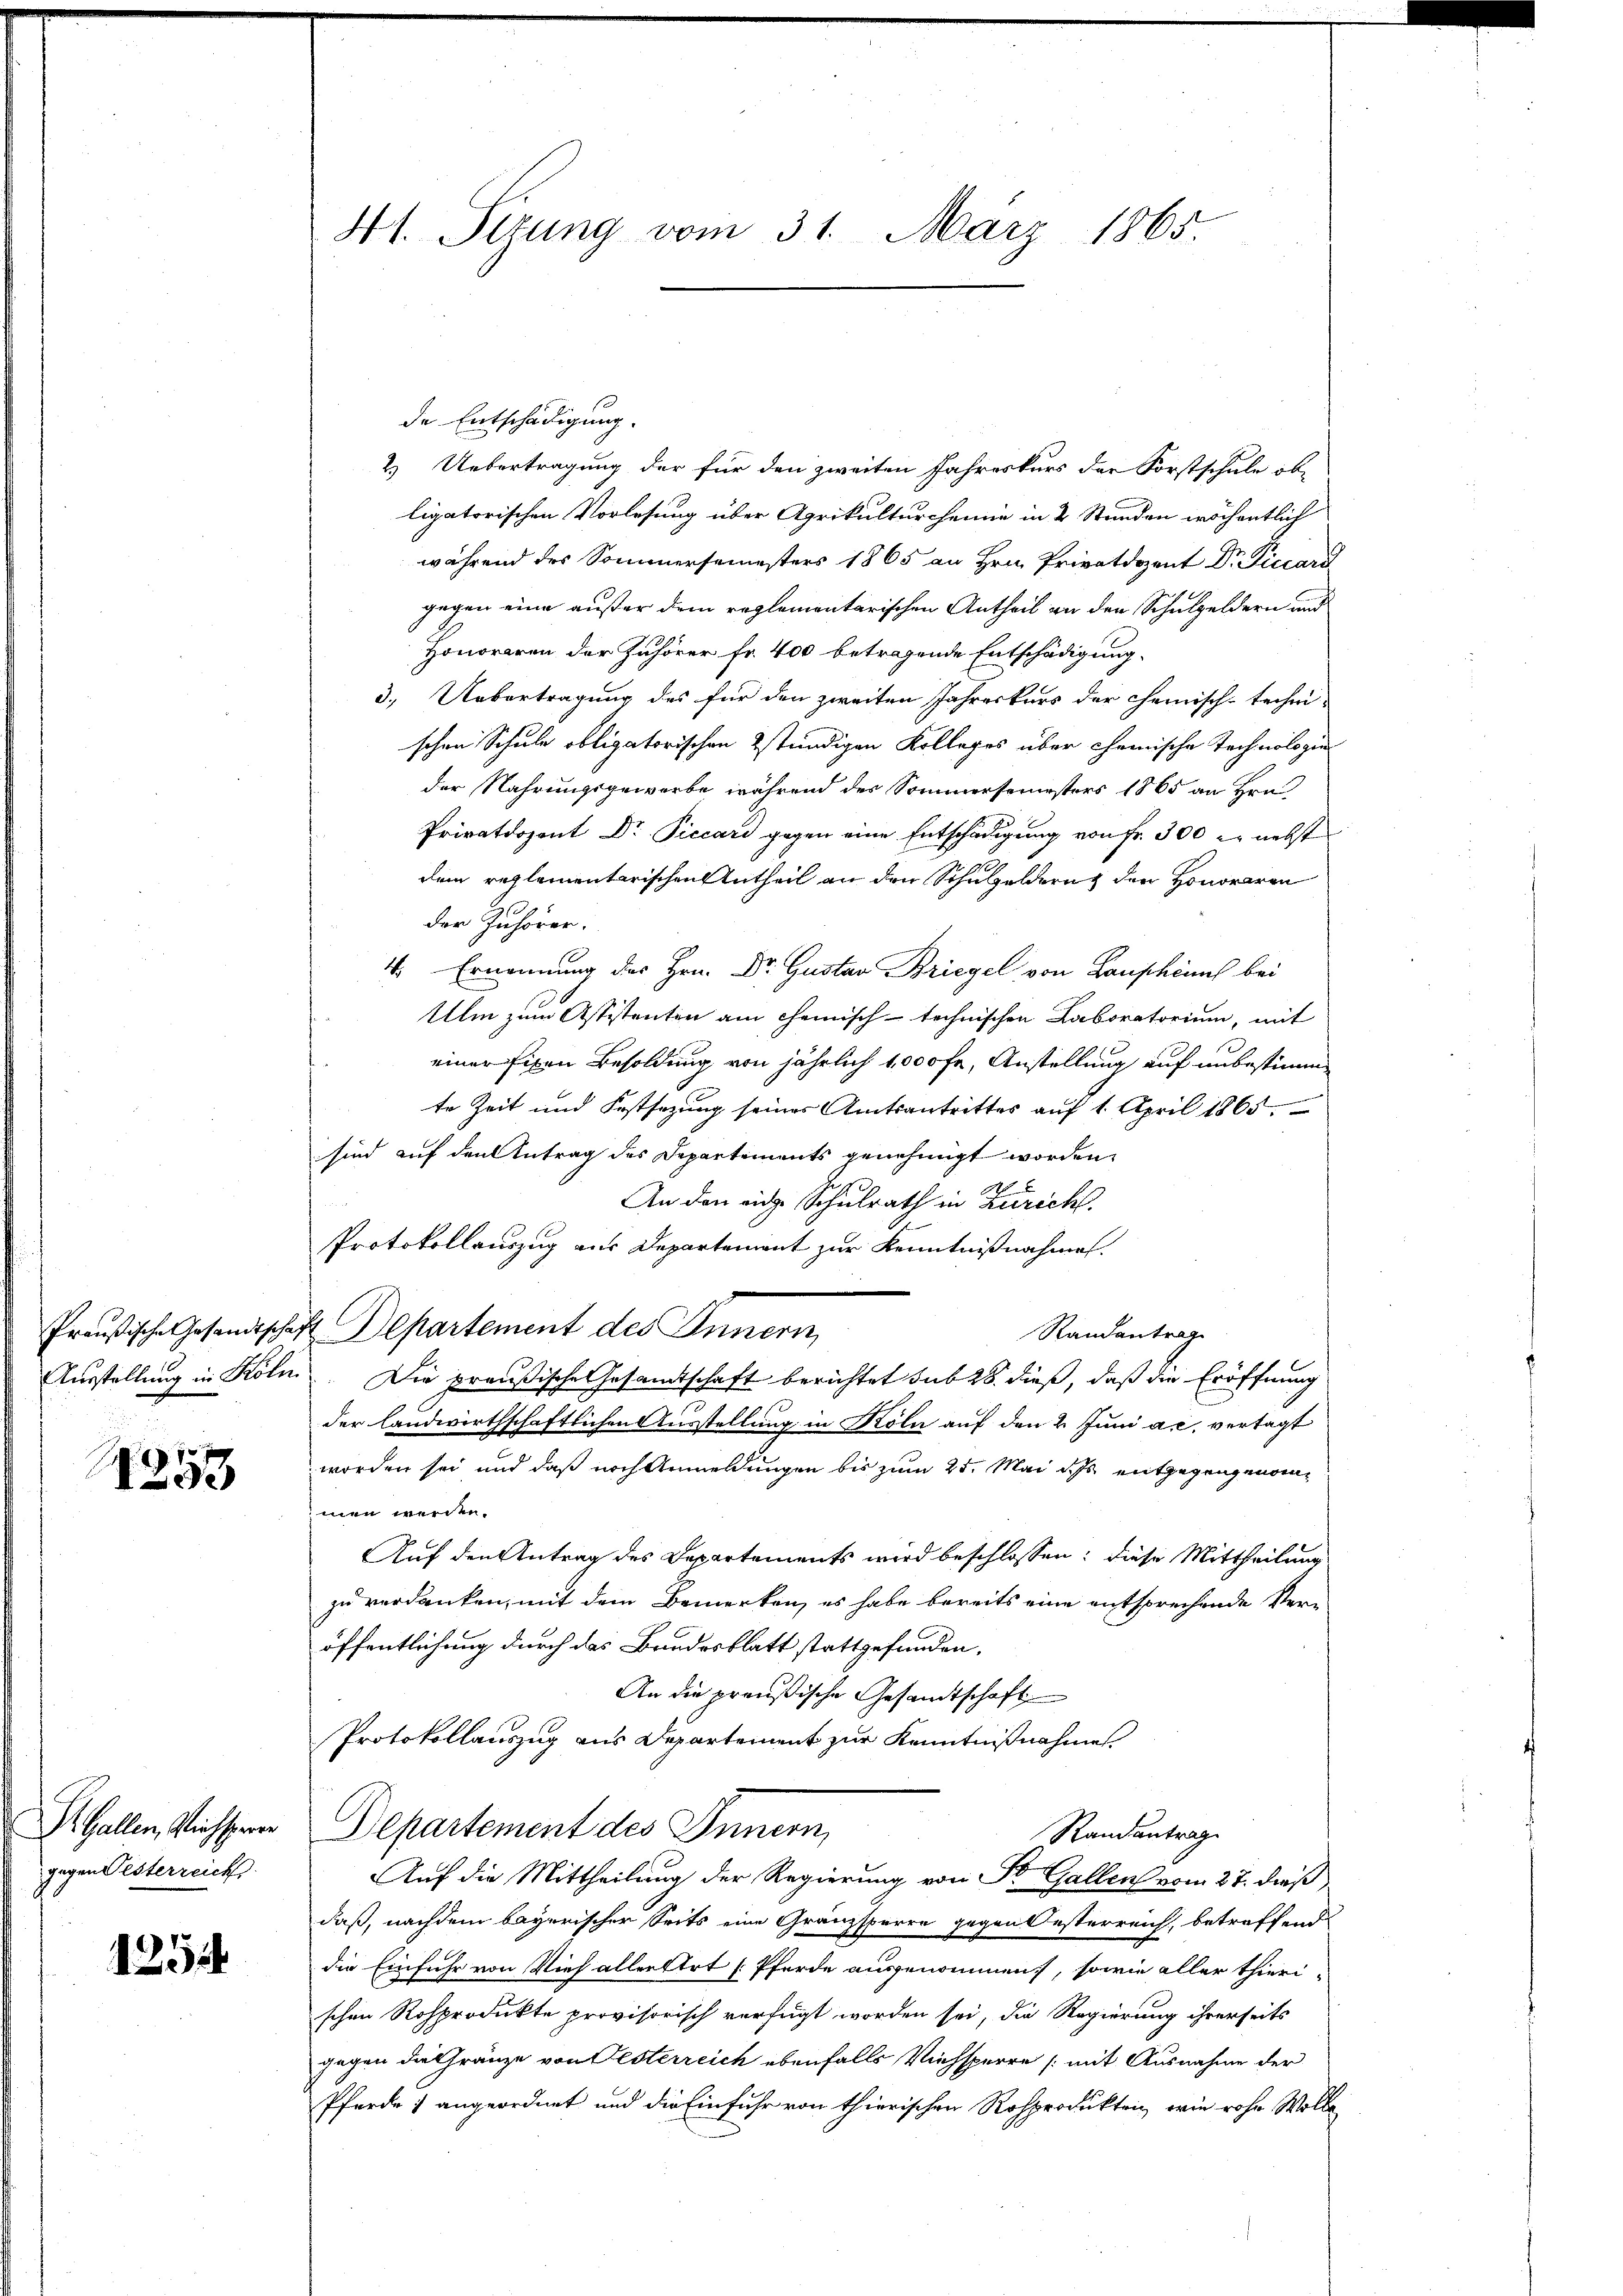
1253

Dr. Gallen, Kirchsperr
gegen Pesterreich

125

41. Sizung vom 31. März 1865.

de Entschädigung.
2.) Uebertragung der für den zweiten Jahreskurs der Forstschule ob-
ligatorischen Vorlesung über Agrikulturcheinie in 2 Stunden wöchentlich
während des Sommersemesters 1865 an Hrn. Privatdozent Dr. Piccard
gegen eine außer dem reglementarischen Antheil an den Schulgeldern au
Honoraren der Zuhörer fr. 400 betragende Entschädigung
3. Uebertragung des für den zweiten Jahreskurs der chemisch-techni-
schen Schule obligatorischen Ständigen Kolleges über chemische Technologier
der Nahrungsgewarbe während des Sommersemesters 1865 an Hrn.
Privatdozent Dr Piccari gegen eine Entschädigung von Fr. 300 r. nebst
dem reglementarischen Antheil an den Schulgelderung der Honoraren
der Zuhörer.
4. Ernennung des Hrn. Dr. Gustav Briegel von Lauphemich bei
Ulm zum Assistenten am chemisch-technischen Laboratorium, mit
einer fixen Besoldung von jährlich 1000 fr. Anstellung auf unbestimmte Zeit und Festsezung seines Amtsantrittes auf 1. April 1865.
sind auf den Antrag des Departements genehmigt worden.
x
¬
An den eine Schulrath in Zürich.
Protokollauszug aus Departement zur Kenntnißnahmen.
Preußische Gesandtschaft Departement des Innern,
Randantrag
Ausstellung in Köln. Die preußische Gesandtschaft berichtet sub 28. dieß, daß die Eröffnung
der landwirthschaftlichen Ausstellung in Köln auf den 2. Juni a. c. vertagt
worden sei und daß noch Anmeldungen bis zum 25. Mai dass entgegengenommen werden.
Auf den Antrag des Departements wird beschlossen: diese Mittheilung
zu verdanken, mit dem Bemerken, es habe bereits eine entsprechende Veröffentlichung durch das Bundesblatt stattgefunden.
An die preußische Gesamtschaft
Protokollauszug aus Departement zur Kenntnißnahme
Departement des Innern,
Randantrage
Auf die Mittheilung der Regierung von St. Gallen vom 27. dieß
daß, nachdem bayerischer Seits eine Gränzsperre gegen Oesterreich, betreffend
die Einfuhr von Vieh allettet (Pferde ausgenommen, sowie aller Thierischen Rosprodukte provisorisch verfügt worden sei, die Regierung ihrerseits
gegen die Gränze von Festerreich ebenfalls Viehsperre (mit Ausnahme der
Pferde angeordnet und die Einfuhr von thierischen Rosprodukten, wie rohe Wolle